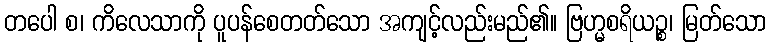
တပေါ စ၊ ကိလေသာကို ပူပန်စေတတ်သော အကျင့်လည်းမည်၏။ ဗြဟ္မစရိယဉ္စ၊ မြတ်သော